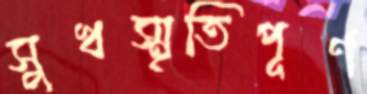
সুখস্মৃতিপূর্ণ